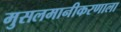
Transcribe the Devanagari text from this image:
मुसलमानीकरणाला